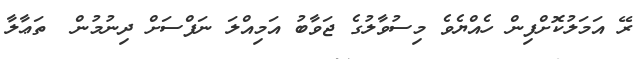
ރޭ އަމަލުކޮށްފިން ހެއްޔެވެ މިސުވާލުގެ ޖަވާބު އަމިއްލަ ނަފްސަށް ދިނުމުން  ތަޢާލާ